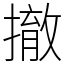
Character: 撤